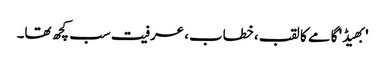
'بھیڈ' گامے کا لقب، خطاب، عرفیت سب کچھ تھا۔